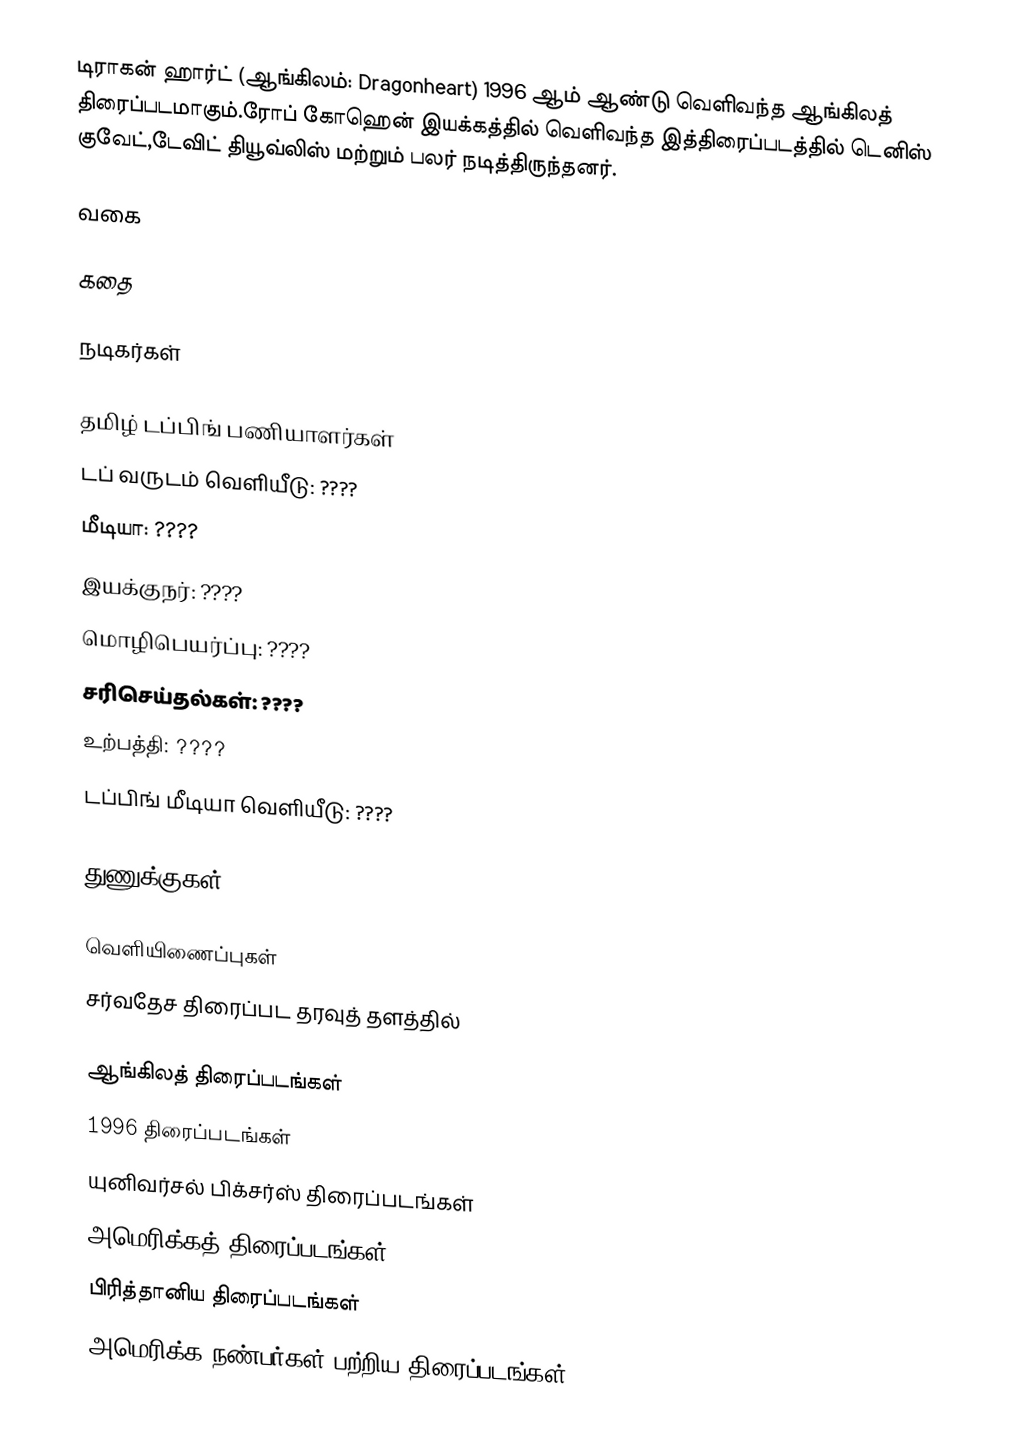
டிராகன் ஹார்ட் (ஆங்கிலம்: Dragonheart) 1996 ஆம் ஆண்டு வெளிவந்த ஆங்கிலத் திரைப்படமாகும்.ரோப் கோஹென் இயக்கத்தில் வெளிவந்த இத்திரைப்படத்தில் டெனிஸ் குவேட்,டேவிட் தியூவ்லிஸ் மற்றும் பலர் நடித்திருந்தனர்.

வகை

கதை

நடிகர்கள்

தமிழ் டப்பிங் பணியாளர்கள்
 டப் வருடம் வெளியீடு: ????
 மீடியா: ????
 இயக்குநர்: ????
 மொழிபெயர்ப்பு: ????
 சரிசெய்தல்கள்: ????
 உற்பத்தி: ????
 டப்பிங் மீடியா வெளியீடு: ????

துணுக்குகள்

வெளியிணைப்புகள்
 சர்வதேச திரைப்பட தரவுத் தளத்தில்

ஆங்கிலத் திரைப்படங்கள்
1996 திரைப்படங்கள்
யுனிவர்சல் பிக்சர்ஸ் திரைப்படங்கள்
அமெரிக்கத் திரைப்படங்கள்
பிரித்தானிய திரைப்படங்கள்
அமெரிக்க நண்பர்கள் பற்றிய திரைப்படங்கள்